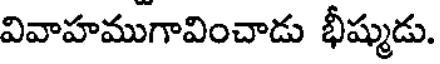
వివాహముగావించాడు భీష్ముడు.